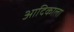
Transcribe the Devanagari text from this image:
आदिकाला